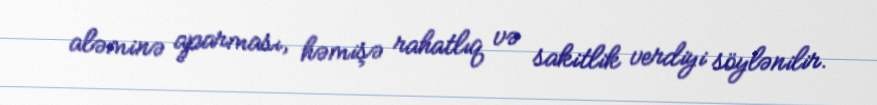
aləminə aparması, həmişə rahatlıq və sakitlik verdiyi söylənilir.